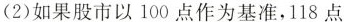
（2）如果股市以100点作为基准，118点